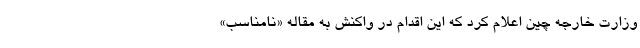
وزارت خارجه چین اعلام کرد که این اقدام در واکنش به مقاله «نامناسب»